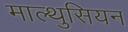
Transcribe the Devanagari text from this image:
माल्थुसियन